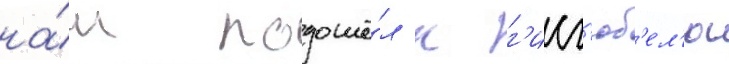
на́ш подошё́л к г'исг'юб'ел'ю